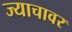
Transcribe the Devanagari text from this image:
ज्याचावर